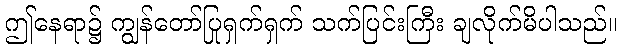
ဤနေရာ၌ ကျွန်တော်ပြုရှက်ရှက် သက်ပြင်းကြီး ချလိုက်မိပါသည်။